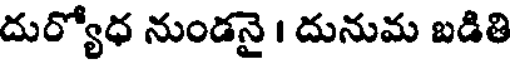
దుర్యోధ నుండనై । దునుమ బడితి